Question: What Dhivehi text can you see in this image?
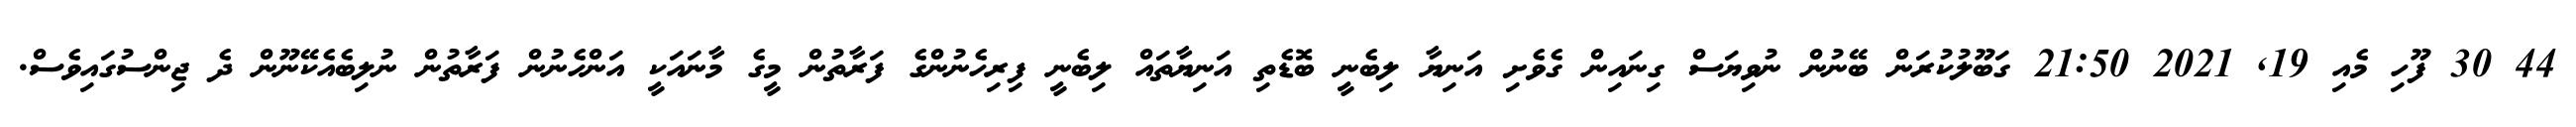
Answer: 44 30 ފޫހި މެއި 19, 2021 21:50 ގަބޫލުކުރަން ބޭނުން ނުވިޔަސް ގިނައިން ގެވެށި އަނިޔާ ލިބެނީ ބޮޑެތި އަނިޔާތައް ލިބެނީ ފިރިހެނުންގެ ފަރާތުން މީގެ މާނައަކީ އަންހެނުން ފަރާތުން ނުލިބެއެކޭނޫން ދެ ޖިންސުގައިވެސް.